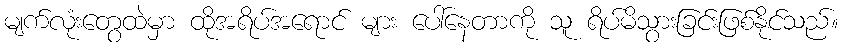
မျက်လုံးတွေထဲမှာ ထိုအရိပ်အရောင် များ ပေါ်နေတာကို သူ ရိပ်မိသွားခြင်းဖြစ်နိုင်သည်။